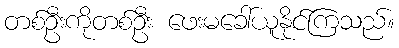
တစ်ဦးကိုတစ်ဦး ဖေးမခေါ်ယူနိုင်ကြသည်။